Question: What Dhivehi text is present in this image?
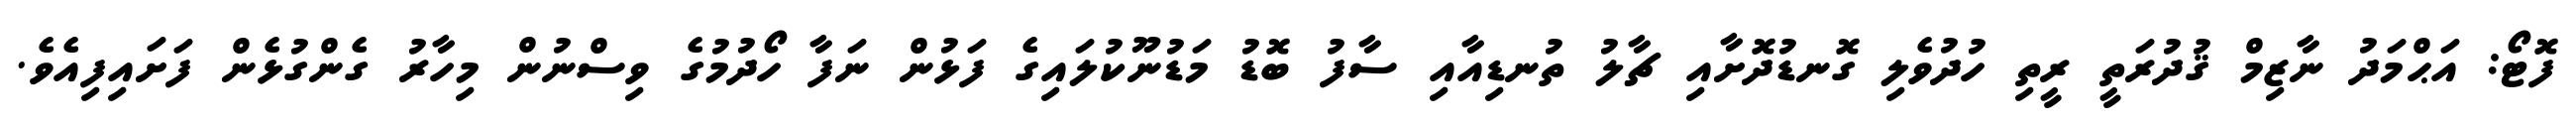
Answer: ފޮޓޯ: އަޙްމަދު ނާޒިމް ޤުދުރަތީ ރީތި ހުދުވެލި ގޮނޑުދޮށާއި ޗާލު ތުނޑިއާއި ސާފު ބޮޑު މަޑުނޫކުލައިގެ ފަޅުން ނަފާ ހޯދުމުގެ ވިސްނުން މިހާރު ގެންގުޅެން ފަށައިފިއެވެ.